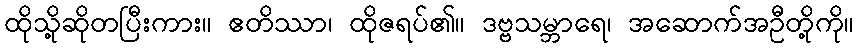
ထိုသို့ဆိုတပြီးကား။ ဧတိဿာ၊ ထိုဇရပ်၏။ ဒဗ္ဗသမ္ဘာရေ၊ အဆောက်အဦတို့ကို။